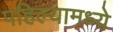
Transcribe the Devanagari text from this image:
पहिल्यामध्ये